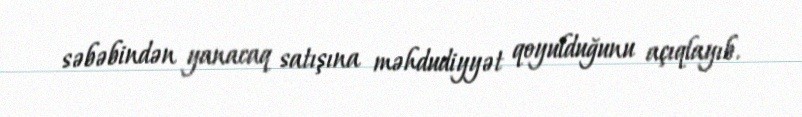
səbəbindən yanacaq satışına məhdudiyyət qoyulduğunu açıqlayıb.